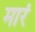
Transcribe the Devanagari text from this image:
मारं